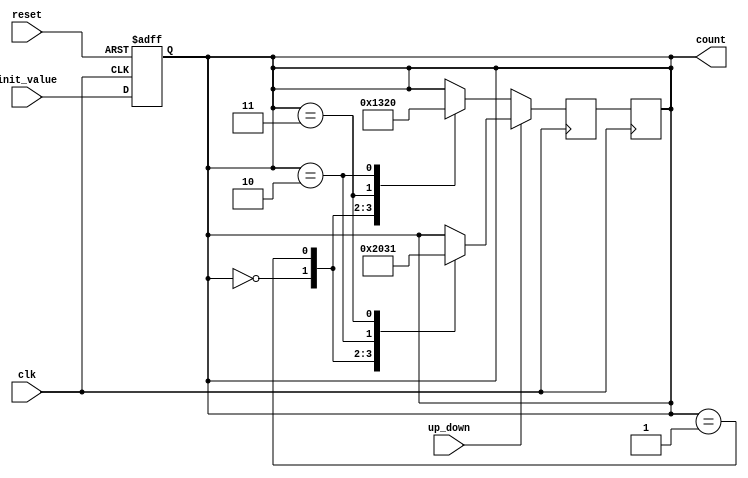
module gray_counter(
    input wire clk,                // Clock signal
    input wire reset,              // Reset signal
    input wire up_down,            // Control signal for counting (0 for up, 1 for down)
    input wire [3:0] init_value,   // Initial value for counter
    output reg [3:0] count         // Current count value in Gray code
);

// Internal signals
reg [3:0] next_count;             // Next count value
reg [3:0] current_count;          // Current count value

// Initialize counter with given initial value
always @(posedge clk or posedge reset) begin
    if (reset) begin
        current_count <= 4'd0;
    end else begin
        current_count <= init_value;
    end
end

// Determine next count value based on up or down control signal
always @(posedge clk) begin
    if (up_down == 1'b0) begin
        // Count up
        case(current_count)
            4'd0: next_count = 4'd1;
            4'd1: next_count = 4'd3;
            4'd3: next_count = 4'd2;
            4'd2: next_count = 4'd0;
            default: next_count = current_count;
        endcase
    end else begin
        // Count down
        case(current_count)
            4'd0: next_count = 4'd2;
            4'd1: next_count = 4'd0;
            4'd2: next_count = 4'd3;
            4'd3: next_count = 4'd1;
            default: next_count = current_count;
        endcase
    end
end

// Update count value with next count value
always @(posedge clk) begin
    current_count <= next_count;
end

// Assign output to current count value
assign count = current_count;

endmodule